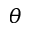
\theta